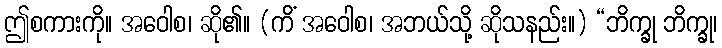
ဤစကားကို။ အဝေါစ၊ ဆို၏။ (ကိံ အဝေါစ၊ အဘယ်သို့ ဆိုသနည်း။) “ဘိက္ခု ဘိက္ခု၊